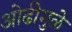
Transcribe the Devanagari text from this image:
ओढीमुळे